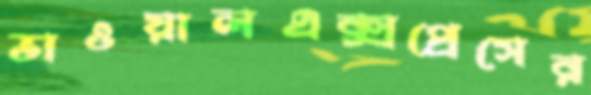
ভাওয়ালএক্সপ্রেসের